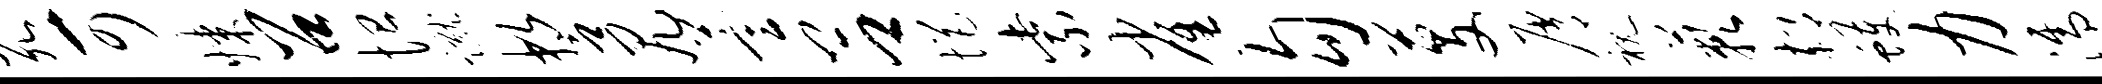
死可媒召恤蹴誓尻萱吕悒紫雀勾芟屑视蔌郝蠖力濡隳